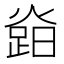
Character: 𤍷